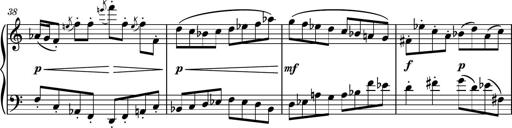
Title: Piano Sonatina No.3
Composer: Dimitri Sykias
Key: C major